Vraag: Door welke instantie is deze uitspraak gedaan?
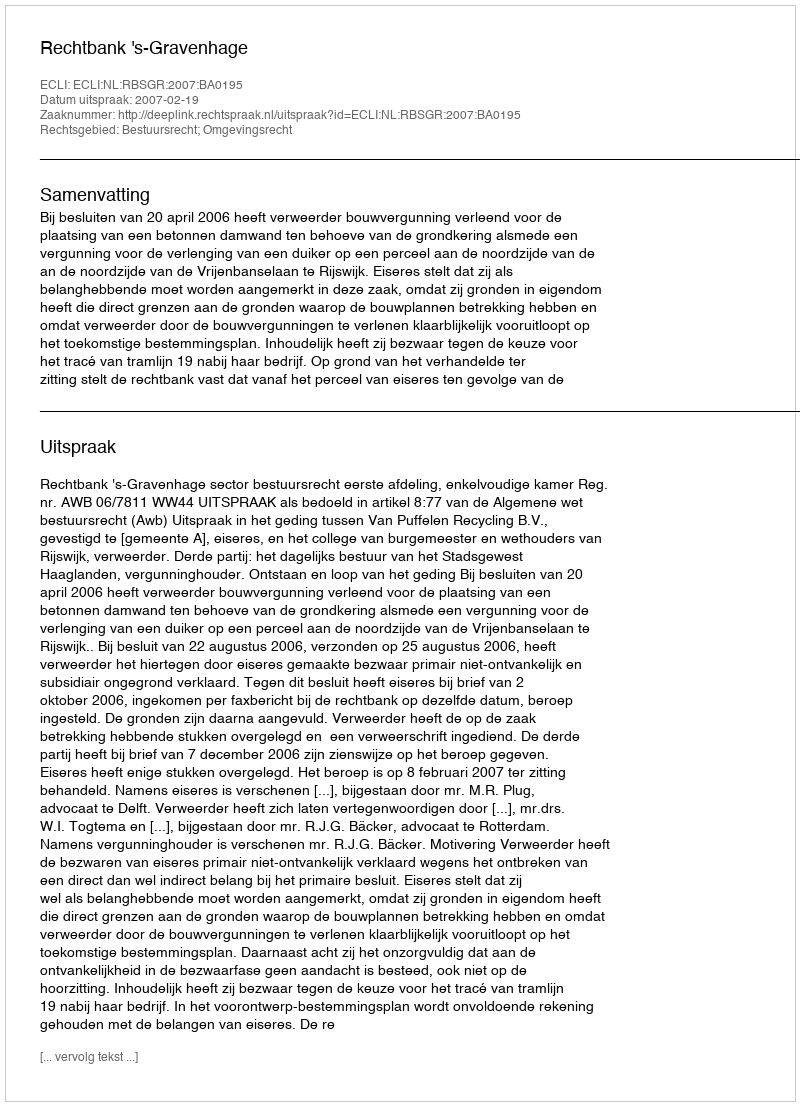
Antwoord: Rechtbank 's-Gravenhage